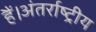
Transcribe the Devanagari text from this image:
हैं।अंतर्राष्ट्रीय